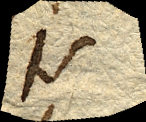
is